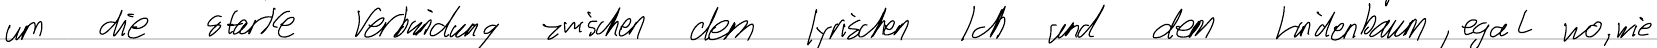
um die starke Verbindung zwischen dem lyrischen Ich und dem Lindenbaum, egal wo, wie